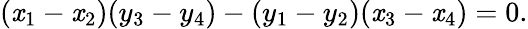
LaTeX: (\mathit{x}_{1}-\mathit{x}_{2})(y_{3}-y_{4})-(y_{1}-y_{2})(\mathit{x}_{3}-\mathit{x}_{4})=0.